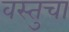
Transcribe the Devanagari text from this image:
वस्तुचा